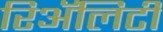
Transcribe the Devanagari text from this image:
रिॲलिटी